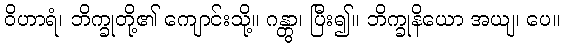
ဝိဟာရံ၊ ဘိက္ခုတို့၏ ကျောင်းသို့။ ဂန္တွာ၊ ပြီး၍။ ဘိက္ခုနိယော အယျ၊ ပေ။